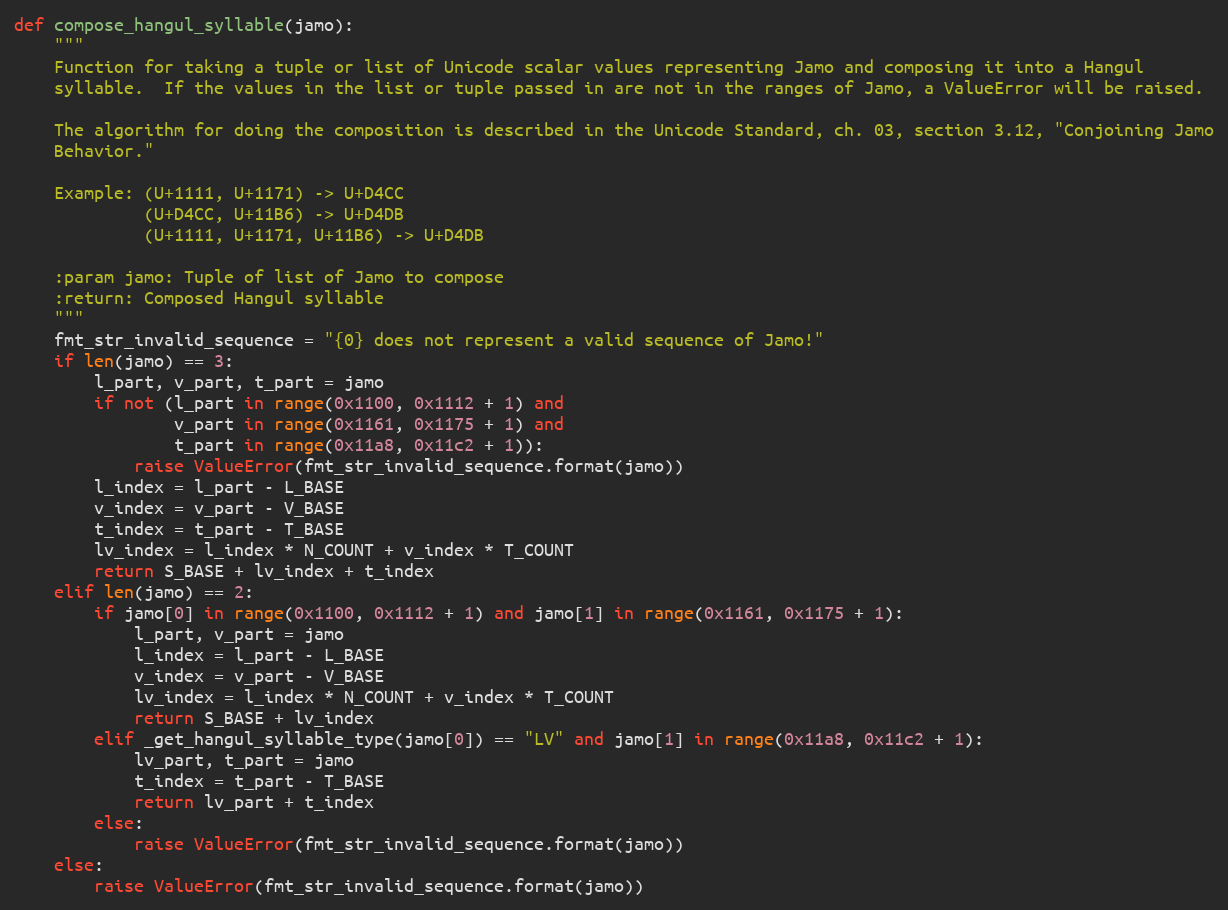
Language: Python
def compose_hangul_syllable(jamo):
    """
    Function for taking a tuple or list of Unicode scalar values representing Jamo and composing it into a Hangul
    syllable.  If the values in the list or tuple passed in are not in the ranges of Jamo, a ValueError will be raised.

    The algorithm for doing the composition is described in the Unicode Standard, ch. 03, section 3.12, "Conjoining Jamo
    Behavior."

    Example: (U+1111, U+1171) -> U+D4CC
             (U+D4CC, U+11B6) -> U+D4DB
             (U+1111, U+1171, U+11B6) -> U+D4DB

    :param jamo: Tuple of list of Jamo to compose
    :return: Composed Hangul syllable
    """
    fmt_str_invalid_sequence = "{0} does not represent a valid sequence of Jamo!"
    if len(jamo) == 3:
        l_part, v_part, t_part = jamo
        if not (l_part in range(0x1100, 0x1112 + 1) and
                v_part in range(0x1161, 0x1175 + 1) and
                t_part in range(0x11a8, 0x11c2 + 1)):
            raise ValueError(fmt_str_invalid_sequence.format(jamo))
        l_index = l_part - L_BASE
        v_index = v_part - V_BASE
        t_index = t_part - T_BASE
        lv_index = l_index * N_COUNT + v_index * T_COUNT
        return S_BASE + lv_index + t_index
    elif len(jamo) == 2:
        if jamo[0] in range(0x1100, 0x1112 + 1) and jamo[1] in range(0x1161, 0x1175 + 1):
            l_part, v_part = jamo
            l_index = l_part - L_BASE
            v_index = v_part - V_BASE
            lv_index = l_index * N_COUNT + v_index * T_COUNT
            return S_BASE + lv_index
        elif _get_hangul_syllable_type(jamo[0]) == "LV" and jamo[1] in range(0x11a8, 0x11c2 + 1):
            lv_part, t_part = jamo
            t_index = t_part - T_BASE
            return lv_part + t_index
        else:
            raise ValueError(fmt_str_invalid_sequence.format(jamo))
    else:
        raise ValueError(fmt_str_invalid_sequence.format(jamo))